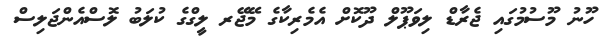
ހޫނު މޫސުމުގައި ޖެރާޑް ލިވަޕޫލް ދޫކޮށް އެމެރިކާގެ މޭޖޭރ ލީގްގެ ކުލަބު ލޮސްއެންޖަލިސް